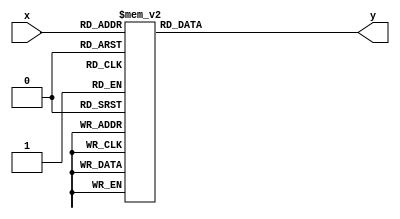
module my_hex(x, y);
	input [3:0] x;
	output reg [6:0] y;
	
	always @(*)
		case(x)
			0: y = 7'b1000000;
			1: y = 7'b1111001;
			2: y = 7'b0100100;
			3: y = 7'b0110000;
			4: y = 7'b0011001;
			5: y = 7'b0010010;
			6: y = 7'b0000010;
			7: y = 7'b1111000;
			8: y = 7'b0000000;
			9: y = 7'b0010000;
			default: y = 7'b1111111;
		endcase
endmodule